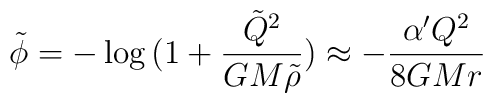
\tilde \phi = - \log{(1 + \frac{\tilde Q^2}{GM \tilde \rho})} \approx- \frac{ \alpha' Q^2}{8GMr}